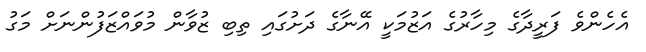
އެހެންވެ ފަރީދާގެ މިހާރުގެ އަޒުމަކީ އޭނާގެ ދަށުގައި ތިބި ޒުވާން މުވައްޒަފުންނަށް މަގު